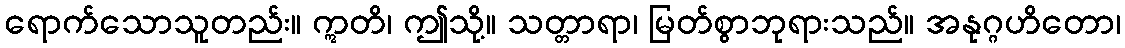
ရောက်သောသူတည်း။ ဣတိ၊ ဤသို့။ သတ္တာရာ၊ မြတ်စွာဘုရားသည်။ အနုဂ္ဂဟိတော၊